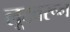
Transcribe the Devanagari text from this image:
लूटवरून